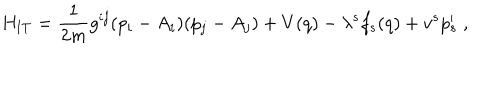
H _ { \mathrm { I T } } = \frac { 1 } { 2 m } g ^ { i j } ( p _ { i } - A _ { i } ) ( p _ { j } - A _ { j } ) + V ( q ) - \lambda ^ { s } f _ { s } ( q ) + v ^ { s } p _ { s } ^ { \prime } \; ,